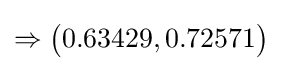
\Rightarrow {\bigl (}0.63429,0.72571{\bigr )}